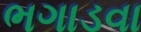
ભગાડવા